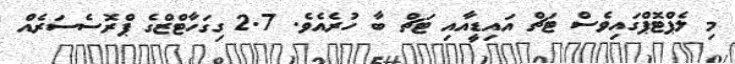
މި ލެޕްޓޮޕްގައިވެސް ޓަޗް އައިޑީއާއި ޓަޗް ބާ ހުރެއެވެ. 2.7 ގިގަހާޓްޒްގެ ޕްރޮސެސަރެއް